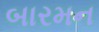
બારમન